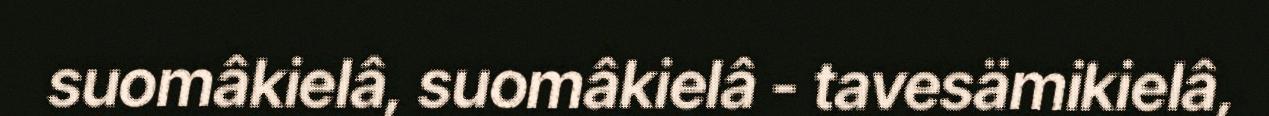
suomâkielâ, suomâkielâ - tavesämikielâ,